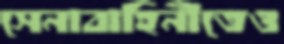
সেনাবাহিনীতেও